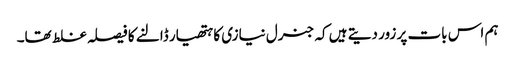
ہم اس بات پر زور دیتے ہیں کہ جنرل نیازی کا ہتھیار ڈالنے کا فیصلہ غلط تھا۔